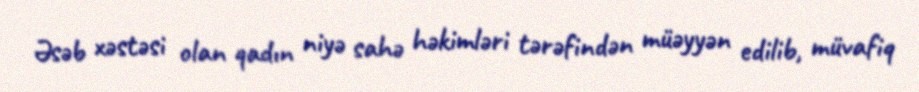
Əsəb xəstəsi olan qadın niyə sahə həkimləri tərəfindən müəyyən edilib, müvafiq